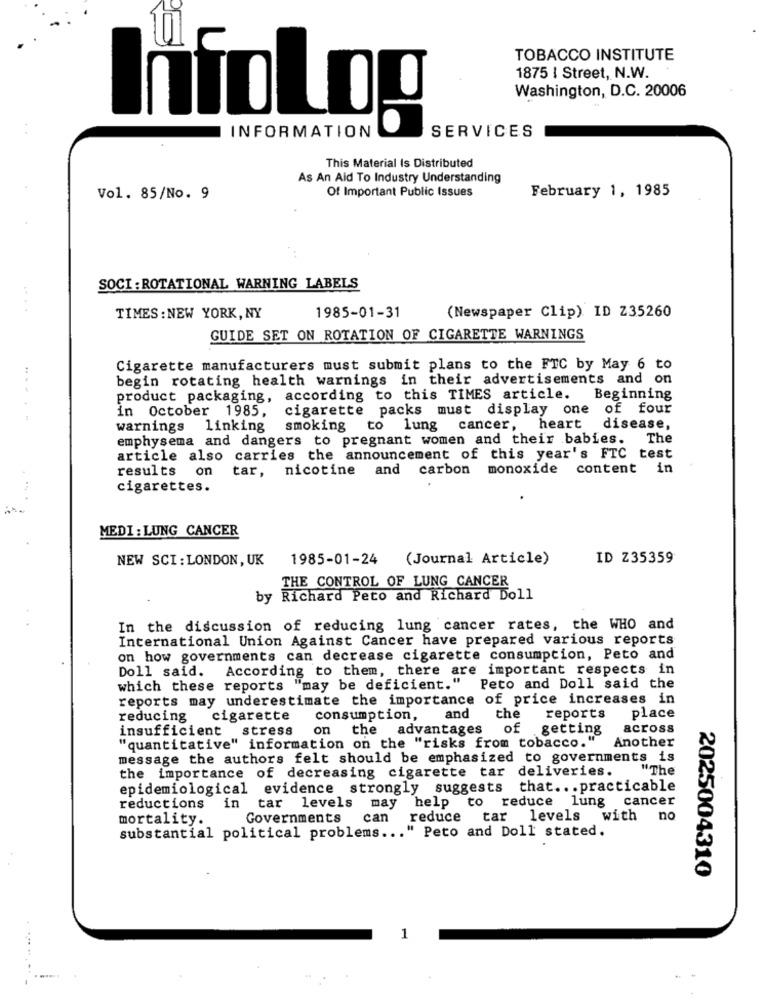
TOBACCO INSTITUTE
1875 I Street, N.W.
Washington, D.C. 20006
InfoLog
INFORMATION
SERVICES
This Material Is Distributed
As An Aid To Industry Understanding
Of Important Public Issues
February 1, 1985
Vol. 85/No. 9
SOCI : ROTATIONAL WARNING LABELS
TIMES : NEW YORK, NY
1985-01-31
(Newspaper Clip) ID Z35260
GUIDE SET ON ROTATION OF CIGARETTE WARNINGS
Cigarette manufacturers must submit plans to the FTC by May 6 to
begin rotating health warnings in their advertisements and on
product packaging, according to this TIMES article.
Beginning
in October 1985,
cigarette packs must display one of four
......
warnings linking
smoking to lung cancer, heart disease,
emphysema and dangers to pregnant women and their babies.
The
article also carries the announcement of this year's FTC test
results on
tar, nicotine and carbon
monoxide content in
cigarettes.
MEDI:LUNG CANCER
NEW SCI : LONDON, UK
1985-01-24
(Journal Article)
ID Z35359
THE CONTROL OF LUNG CANCER
by Richard Peto and Richard Doll
In the discussion of reducing lung cancer rates, the WHO and
International Union Against Cancer have prepared various reports
on how governments can decrease cigarette consumption, Peto and
Doll said. According to them, there are important respects in
which these reports "may be deficient."
Peto and Doll said the
reports may underestimate the importance of price increases in
reducing
cigarette
consumption,
and
the
reports
place
insufficient stress
on
the advantages
of
.getting
across
"quantitative" information on the "risks from tobacco."
Another
message the authors felt should be emphasized to governments is
the importance of decreasing cigarette tar deliveries.
"The
epidemiological evidence strongly suggests that ... practicable
reductions in tar levels may help to reduce lung cancer
mortality.
Governments
can
reduce
tar levels with
no
.. " Peto and Doll stated.
substantial political problems ... "
2025004310
1